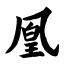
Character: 凰